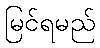
မြင်ရမည်